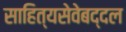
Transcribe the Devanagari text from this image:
साहित्यसेवेबद्दल